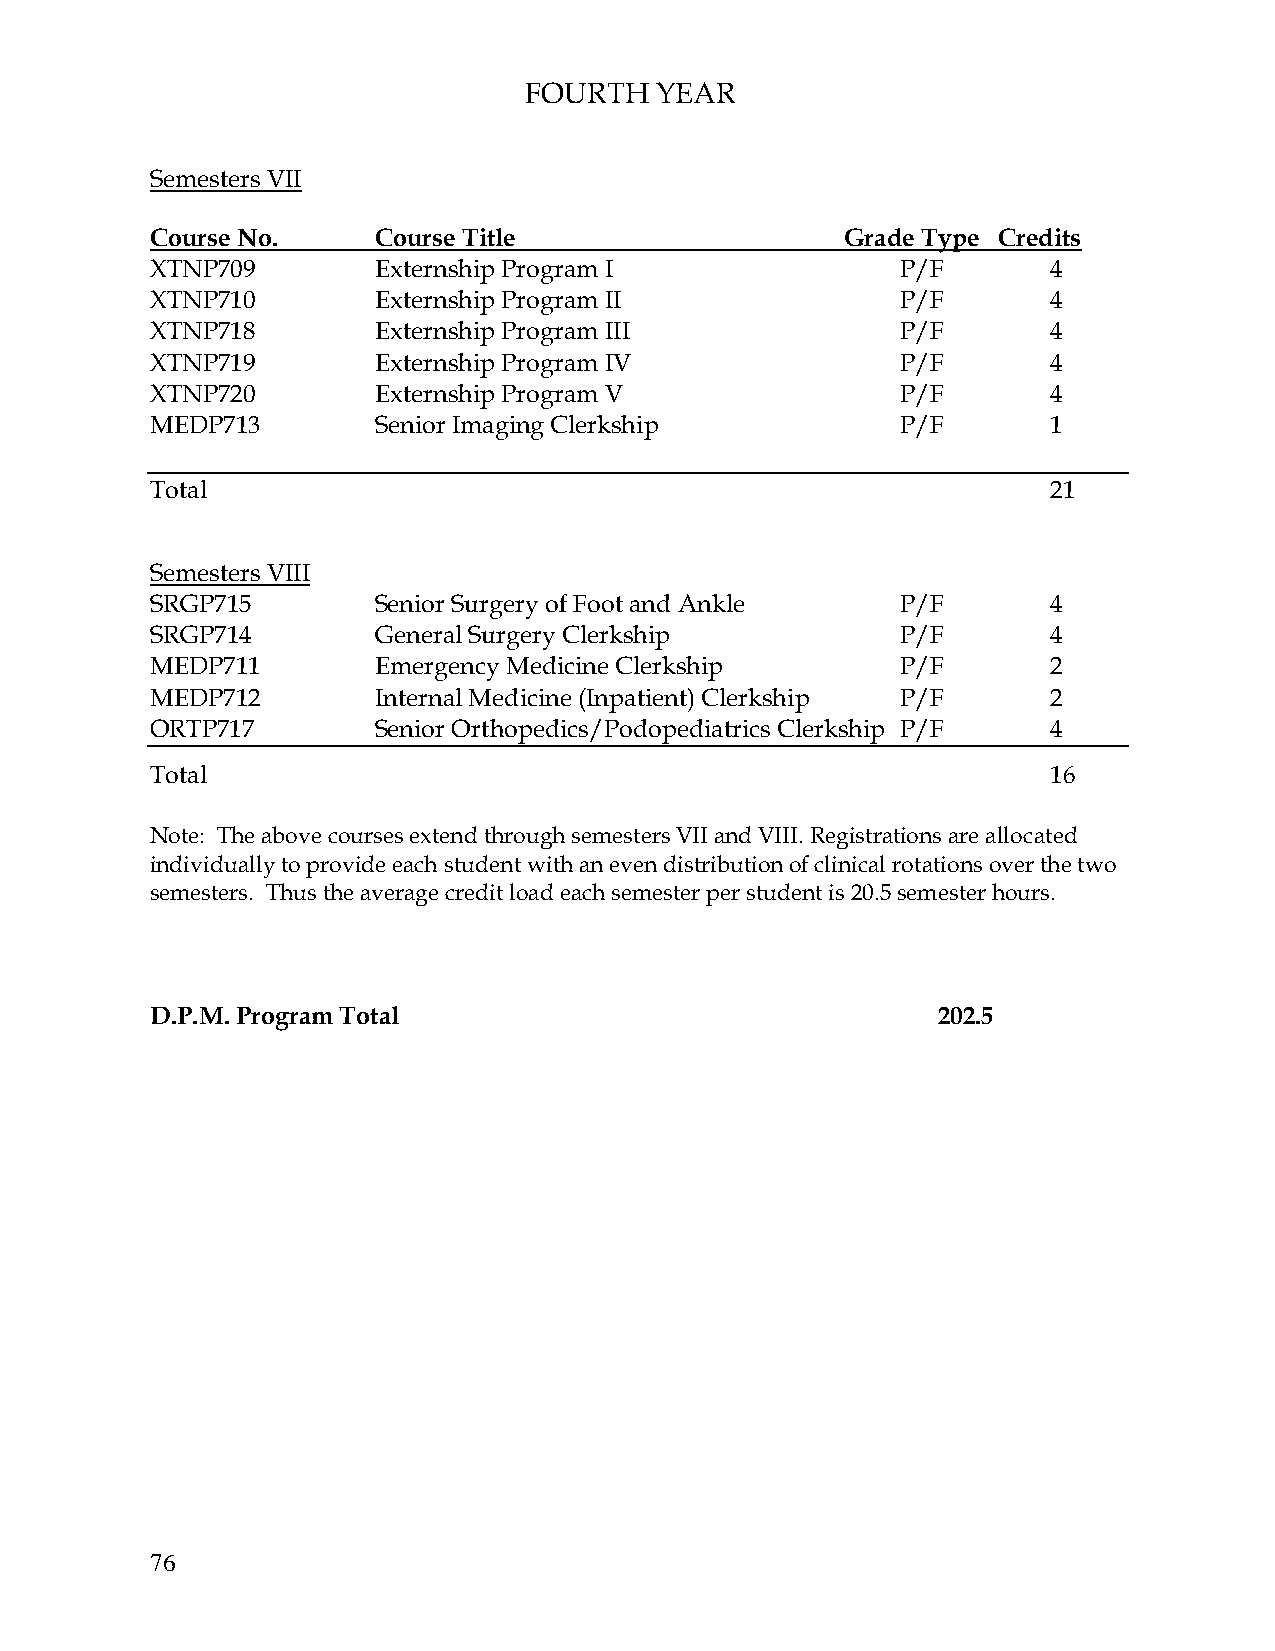
FOURTH  YEAR
 Semesters VII
 Course No.     Course Title                   Grade Type Credits
 XTNP709        Externship Program I               P/F       4
 XTNP710        Externship Program II              P/F       4
 XTNP718        Externship Program III             P/F       4
 XTNP719        Externship Program IV              P/F       4
 XTNP720        Externship Program V               P/F       4
 MEDP713        Senior Imaging Clerkship           P/F       1
 Total                                                       21
 Semesters VIII
 SRGP715        Senior Surgery of Foot and Ankle   P/F       4
 SRGP714        General Surgery Clerkship          P/F       4
 MEDP711        Emergency Medicine Clerkship       P/F       2
 MEDP712        Internal Medicine (Inpatient) Clerkship P/F  2
 ORTP717        Senior Orthopedics/Podopediatrics Clerkship P/F 4
 Total                                                       16
 Note: The above courses extend through semesters VII and VIII. Registrations are allocated
 individually to provide each student with an even distribution of clinical rotations over the two
 semesters. Thus the average credit load each semester per student is 20.5 semester hours.
 D.P.M. Program Total                                202.5
 76